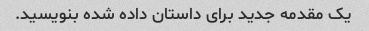
یک مقدمه جدید برای داستان داده شده بنویسید.